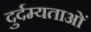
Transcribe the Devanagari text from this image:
दुर्दम्यताओं